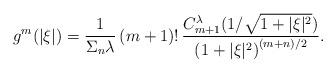
LaTeX: \begin{align*}g^m(|\xi|)=\frac{1}{\Sigma_n\lambda}\,(m+1)!\,\frac{C_{m+1}^\lambda(1/\sqrt{1+|\xi|^2})}{\left(1+|\xi|^2\right)^{(m+n)/2}}.\end{align*}